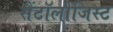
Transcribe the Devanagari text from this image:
सैंटॉलोजिस्ट